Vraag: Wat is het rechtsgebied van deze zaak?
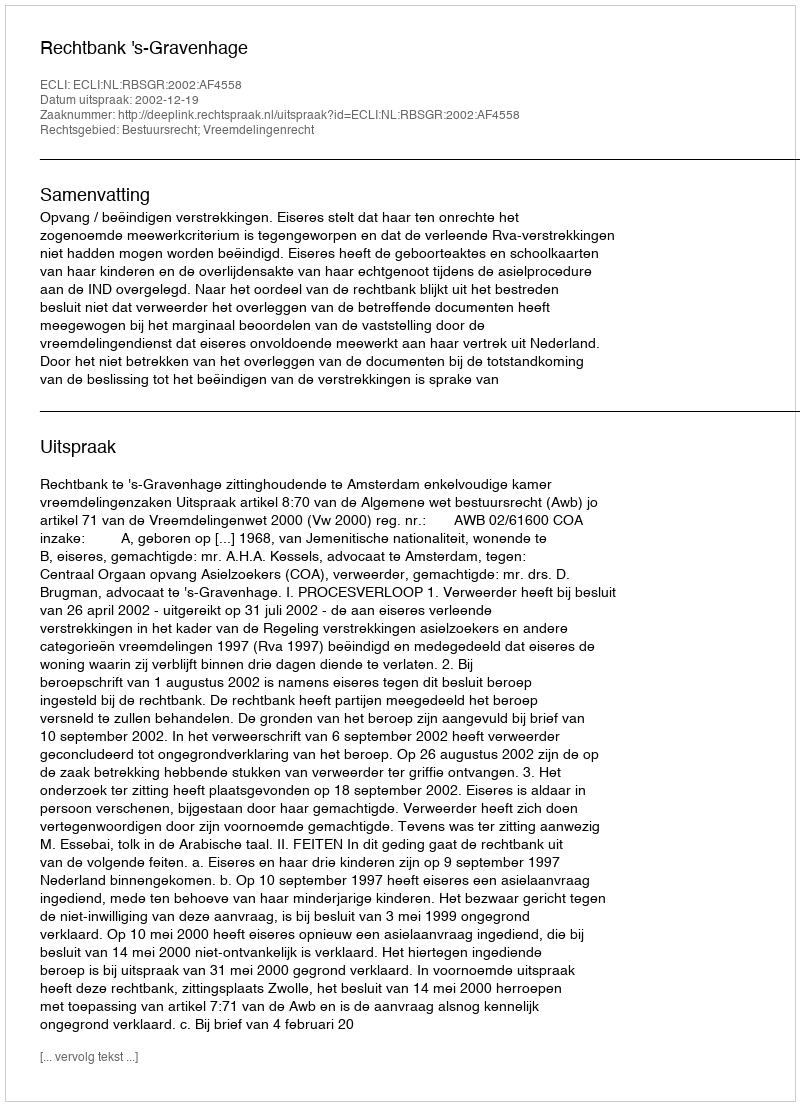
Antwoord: Bestuursrecht; Vreemdelingenrecht